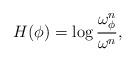
LaTeX: \begin{align*}H(\phi)= \log \frac{\omega_{\phi}^n}{\omega^n}, \end{align*}